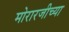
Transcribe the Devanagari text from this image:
मोरारजीच्या